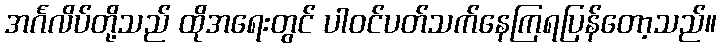
အင်္ဂလိပ်တို့သည် ထိုအရေးတွင် ပါဝင်ပတ်သက်နေကြရပြန်တော့သည်။